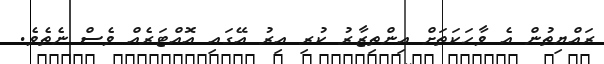
ރައްޔިތުން އެ ވާހަކަތަށް އިންތިޒާރު ކުރި އިރު އޭގައި އޮއްޓަރެއް ވެސް ނެތެވެ.